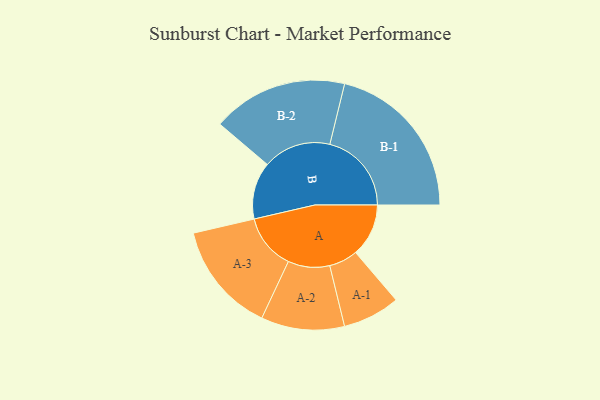
{"axis": {"x": "Segment", "y": "Value"}, "legend": ["", "A", "B"], "data": [{"x": "A", "y": 192, "type": ""}, {"x": "B", "y": 207, "type": ""}, {"x": "A-1", "y": 104, "type": "A"}, {"x": "A-2", "y": 151, "type": "A"}, {"x": "A-3", "y": 201, "type": "A"}, {"x": "B-1", "y": 296, "type": "B"}, {"x": "B-2", "y": 246, "type": "B"}]}